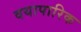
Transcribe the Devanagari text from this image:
वयापारिक